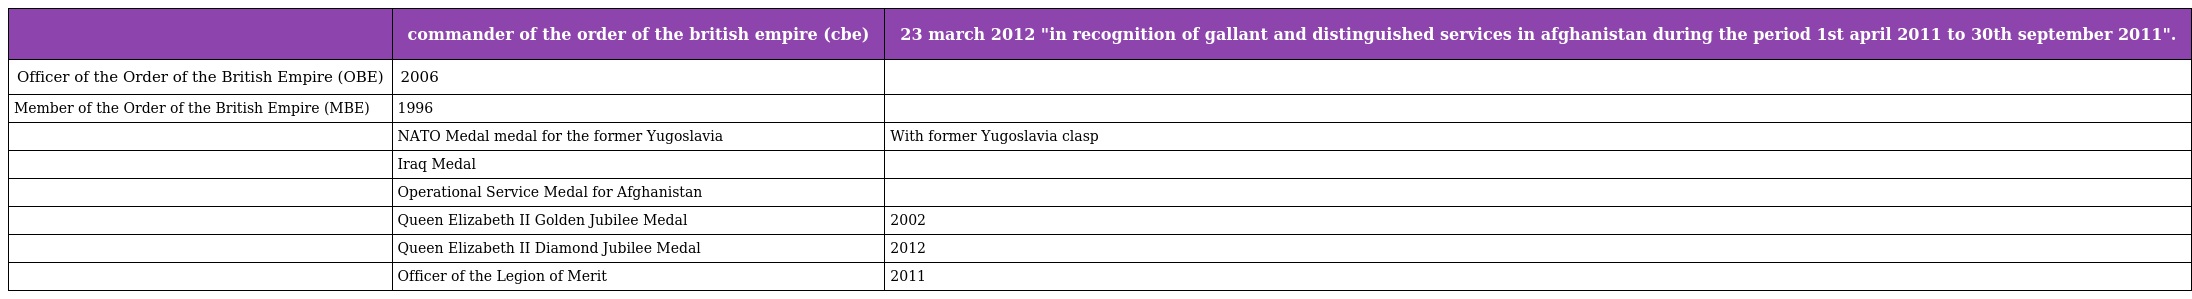
|  | commander of the order of the british empire (cbe) | 23 march 2012 "in recognition of gallant and distinguished services in afghanistan during the period 1st april 2011 to 30th september 2011". |
 | --- | --- | --- |
 | Officer of the Order of the British Empire (OBE) | 2006 |  |
 | Member of the Order of the British Empire (MBE) | 1996 |  |
 |  | NATO Medal medal for the former Yugoslavia | With former Yugoslavia clasp |
 |  | Iraq Medal |  |
 |  | Operational Service Medal for Afghanistan |  |
 |  | Queen Elizabeth II Golden Jubilee Medal | 2002 |
 |  | Queen Elizabeth II Diamond Jubilee Medal | 2012 |
 |  | Officer of the Legion of Merit | 2011 |